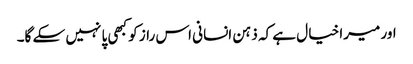
اور میرا خیا ل ہے کہ ذہن انسانی اس راز کو کبھی پا نہیں سکے گا۔